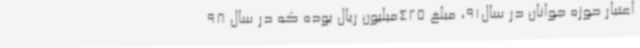
اعتبار حوزه جوانان در سال91، مبلغ 425میلیون ریال بوده که در سال 98